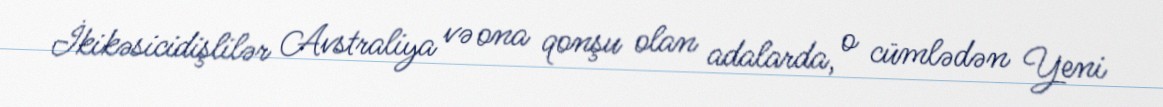
İkikəsicidişlilər Avstraliya və ona qonşu olan adalarda, o cümlədən Yeni